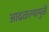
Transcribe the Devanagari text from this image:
आढळल्यामुळें